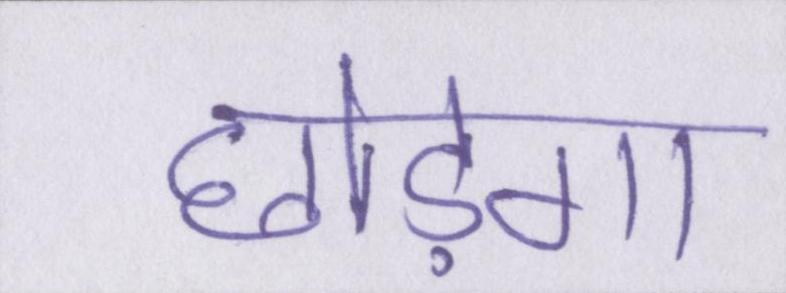
छोड़ेगा